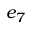
e _ { 7 }